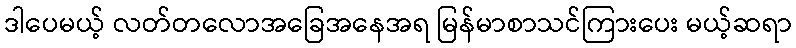
ဒါပေမယ့် လတ်တလောအခြေအနေအရ မြန်မာစာသင်ကြားပေး မယ့်ဆရာ